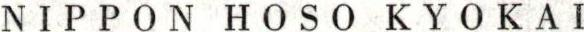
NIPPON HOSO KYOKAI